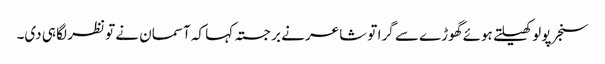
سنجر پولو کھیلتے ہوئے گھوڑے سے گرا تو شاعر نے برجستہ کہا کہ آسمان نے تو نظر لگا ہی دی۔